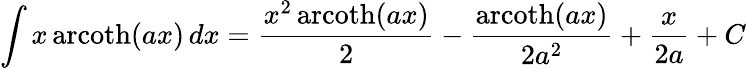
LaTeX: \int x\operatorname{arcoth}(ax)\, dx={\frac{x^{2}\operatorname{arcoth}(ax)}{2}}-{\frac{\operatorname{arcoth}(ax)}{2a^{2}}}+{\frac{x}{2a}}+C